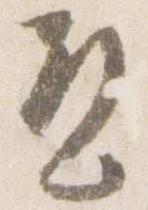
違